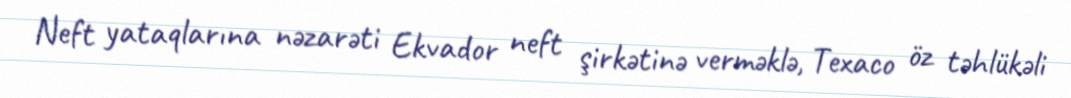
Neft yataqlarına nəzarəti Ekvador neft şirkətinə verməklə, Texaco öz təhlükəli